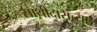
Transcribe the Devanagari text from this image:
साथीदारांच्या